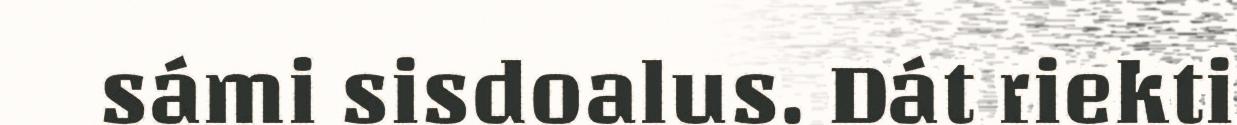
sámi sisdoalus. Dát riekti